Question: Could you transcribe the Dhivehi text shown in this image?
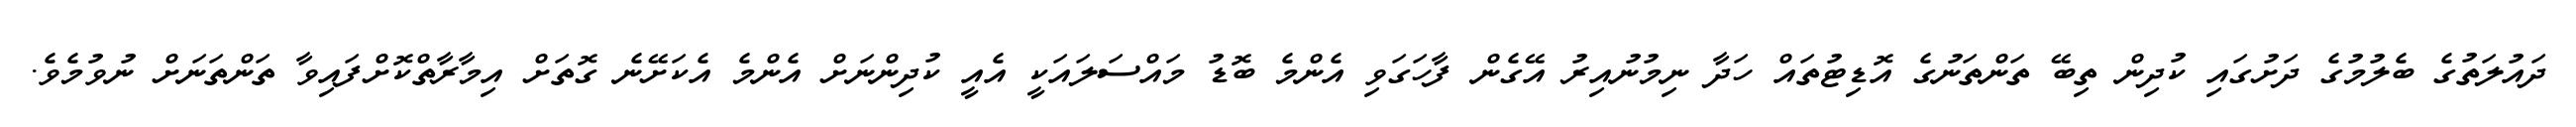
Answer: ދައުލަތުގެ ބެލުމުގެ ދަށުގައި ކުދިން ތިބޭ ތަންތަނުގެ އޮޑިޓުތައް ހަދާ ނިމުނުއިރު އޭގެން ފާހަގަވި އެންމެ ބޮޑު މައްސަލައަކީ އެއީ ކުދިންނަށް އެންމެ އެކަށޭނެ ގޮތަށް އިމާރާތްކޮށްފައިވާ ތަންތަނަށް ނުވުމެވެ.